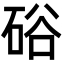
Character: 硲